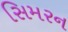
સિમરન